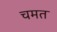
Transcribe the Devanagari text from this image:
चमत